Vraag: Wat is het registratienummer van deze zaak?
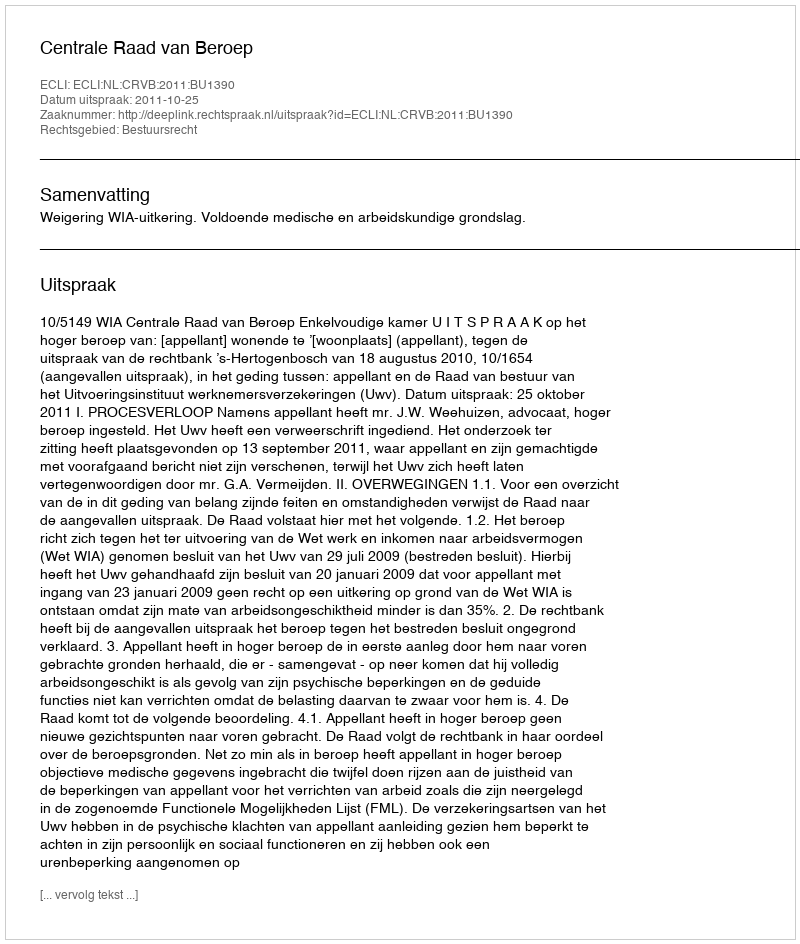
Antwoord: http://deeplink.rechtspraak.nl/uitspraak?id=ECLI:NL:CRVB:2011:BU1390